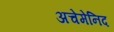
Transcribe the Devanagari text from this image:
अचेमेनिद